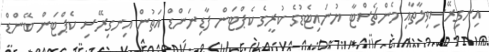
އިނގިރޭސިވިލާތާއި މެންޗެސްޓާ ޔުނައިޓެޑުގެ ކުރީގެ ކެޕްޓަން ފާޑިނަންޑް އަތުން އިނގިރޭސި ކެޕްޓަން ބޭންޑް